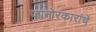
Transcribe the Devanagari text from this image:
जानोरकारांचे